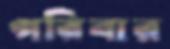
গরিবার